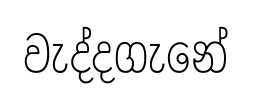
වැද්දගැනේ